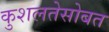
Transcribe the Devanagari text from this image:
कुशलतेसोबत